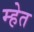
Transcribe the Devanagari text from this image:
म्हेत